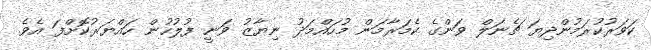
ކަވަރުކުރަމުންދިޔަ ޗެނަލް ވަންގެ ކެމަރާމަން މުހައްމަދު ނިޔާޒު ވަނީ ފުލުހުން ހައްޔަރުކޮށްފަ އެވެ.